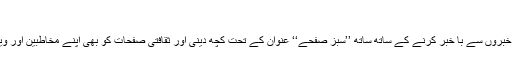
ثقافتی صفحات
’’ابنا ‘‘ ابتدا سے ہی اپنے بنیادی فرض یعنی خبروں سے با خبر کرنے کے ساتھ ساتھ ’’سبز صفحے‘‘ عنوان کے تحت کچھ دینی اور ثقافتی صفحات کو بھی اپنے مخاطبین اور ویزیٹرس کے خدمت میں پیش کرتی رہی ہے۔